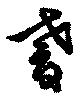
耆